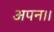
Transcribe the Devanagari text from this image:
अपन।।